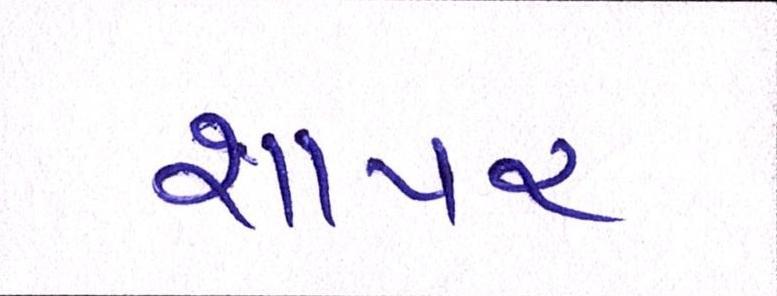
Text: શાપર